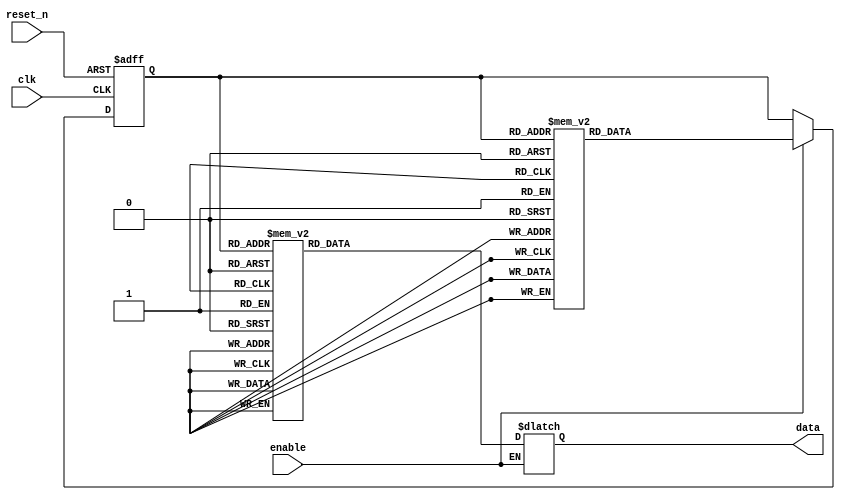
module sequence_generator (
    input wire clk,
    input wire reset_n, // active-low reset
    input wire enable,
    output reg [7:0] data
);

// State encoding
localparam [2:0] S_AF = 3'b000,
                 S_BC = 3'b001,
                 S_E2_1 = 3'b010,
                 S_78 = 3'b011,
                 S_FF = 3'b100,
                 S_E2_2 = 3'b101,
                 S_0B = 3'b110,
                 S_8D = 3'b111;

// Internal FSM state
reg [2:0] state, next_state;

// Next state logic
always @(*) begin
    next_state = state;
    if (enable) begin
        case (state)
            S_AF: next_state = S_BC;
            S_BC: next_state = S_E2_1;
            S_E2_1: next_state = S_78;
            S_78: next_state = S_FF;
            S_FF: next_state = S_E2_2;
            S_E2_2: next_state = S_0B;
            S_0B: next_state = S_8D;
            S_8D: next_state = S_AF;
        endcase
    end
end

// Output logic
always @(*) begin
    if (enable) begin
        case (state)
            S_AF: data = 8'hAF;
            S_BC: data = 8'hBC;
            S_E2_1: data = 8'hE2;
            S_78: data = 8'h78;
            S_FF: data = 8'hFF;
            S_E2_2: data = 8'hE2;
            S_0B: data = 8'h0B;
            S_8D: data = 8'h8D;
            default: data = 8'h00;
        endcase
    end
    // When enable is de-asserted, data retains its last value
end

// State register
always @(posedge clk or negedge reset_n) begin
    if (!reset_n) begin
        state <= S_AF;
    end else begin
        state <= next_state;
    end
end

endmodule